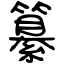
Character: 纂